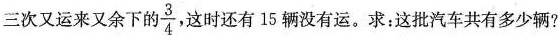
三次又运来又余下的\frac{3}{4} 这时还有 15 辆没有运。求：这批汽车共有多少辆?